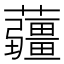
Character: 𧅁